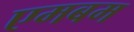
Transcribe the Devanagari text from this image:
एमबम